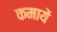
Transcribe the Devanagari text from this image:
कमायें